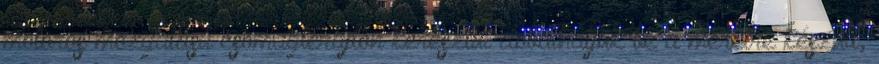
motoros mozgatású csomagtérajtón keresztül dobálhatjuk be a méretre készült,